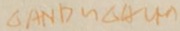
\Delta A N D \sim \Delta A C M